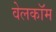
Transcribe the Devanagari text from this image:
वेलकॉम